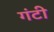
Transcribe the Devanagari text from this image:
गंटी